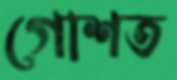
গোশত